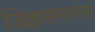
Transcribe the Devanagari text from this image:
जिज्ञासमानानां